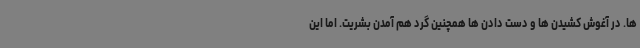
ها. در آغوش کشیدن ها و دست دادن ها همچنین گرد هم آمدن بشریت. اما این